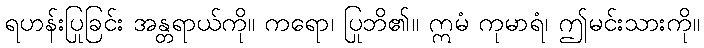
ရဟန်းပြုခြင်း အန္တရာယ်ကို။ ကရော၊ ပြုဘိ၏။ ဣမံ ကုမာရံ၊ ဤမင်းသားကို။